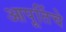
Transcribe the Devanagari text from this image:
आपूर्तिचे